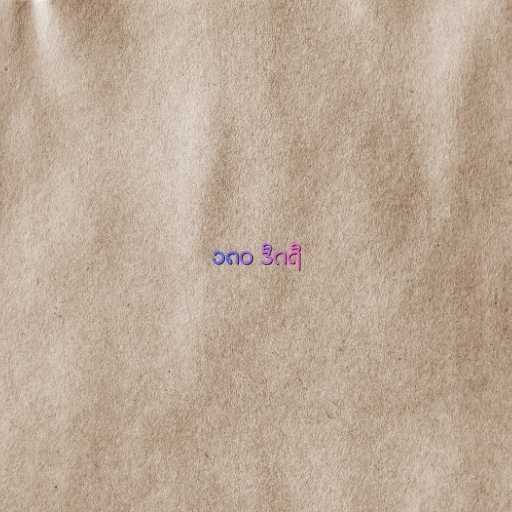
၁၈၀ ဒီဂရီ